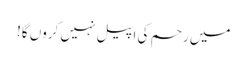
میں رحم کی اپیل نہیں کروں گا!